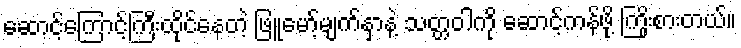
ဆောင့်ကြောင့်ကြီးထိုင်နေတဲ့ ဖြူမော့်မျက်နှာနဲ့ သတ္တဝါကို ဆောင့်ကန်ဖို့ ကြိုးစားတယ်။